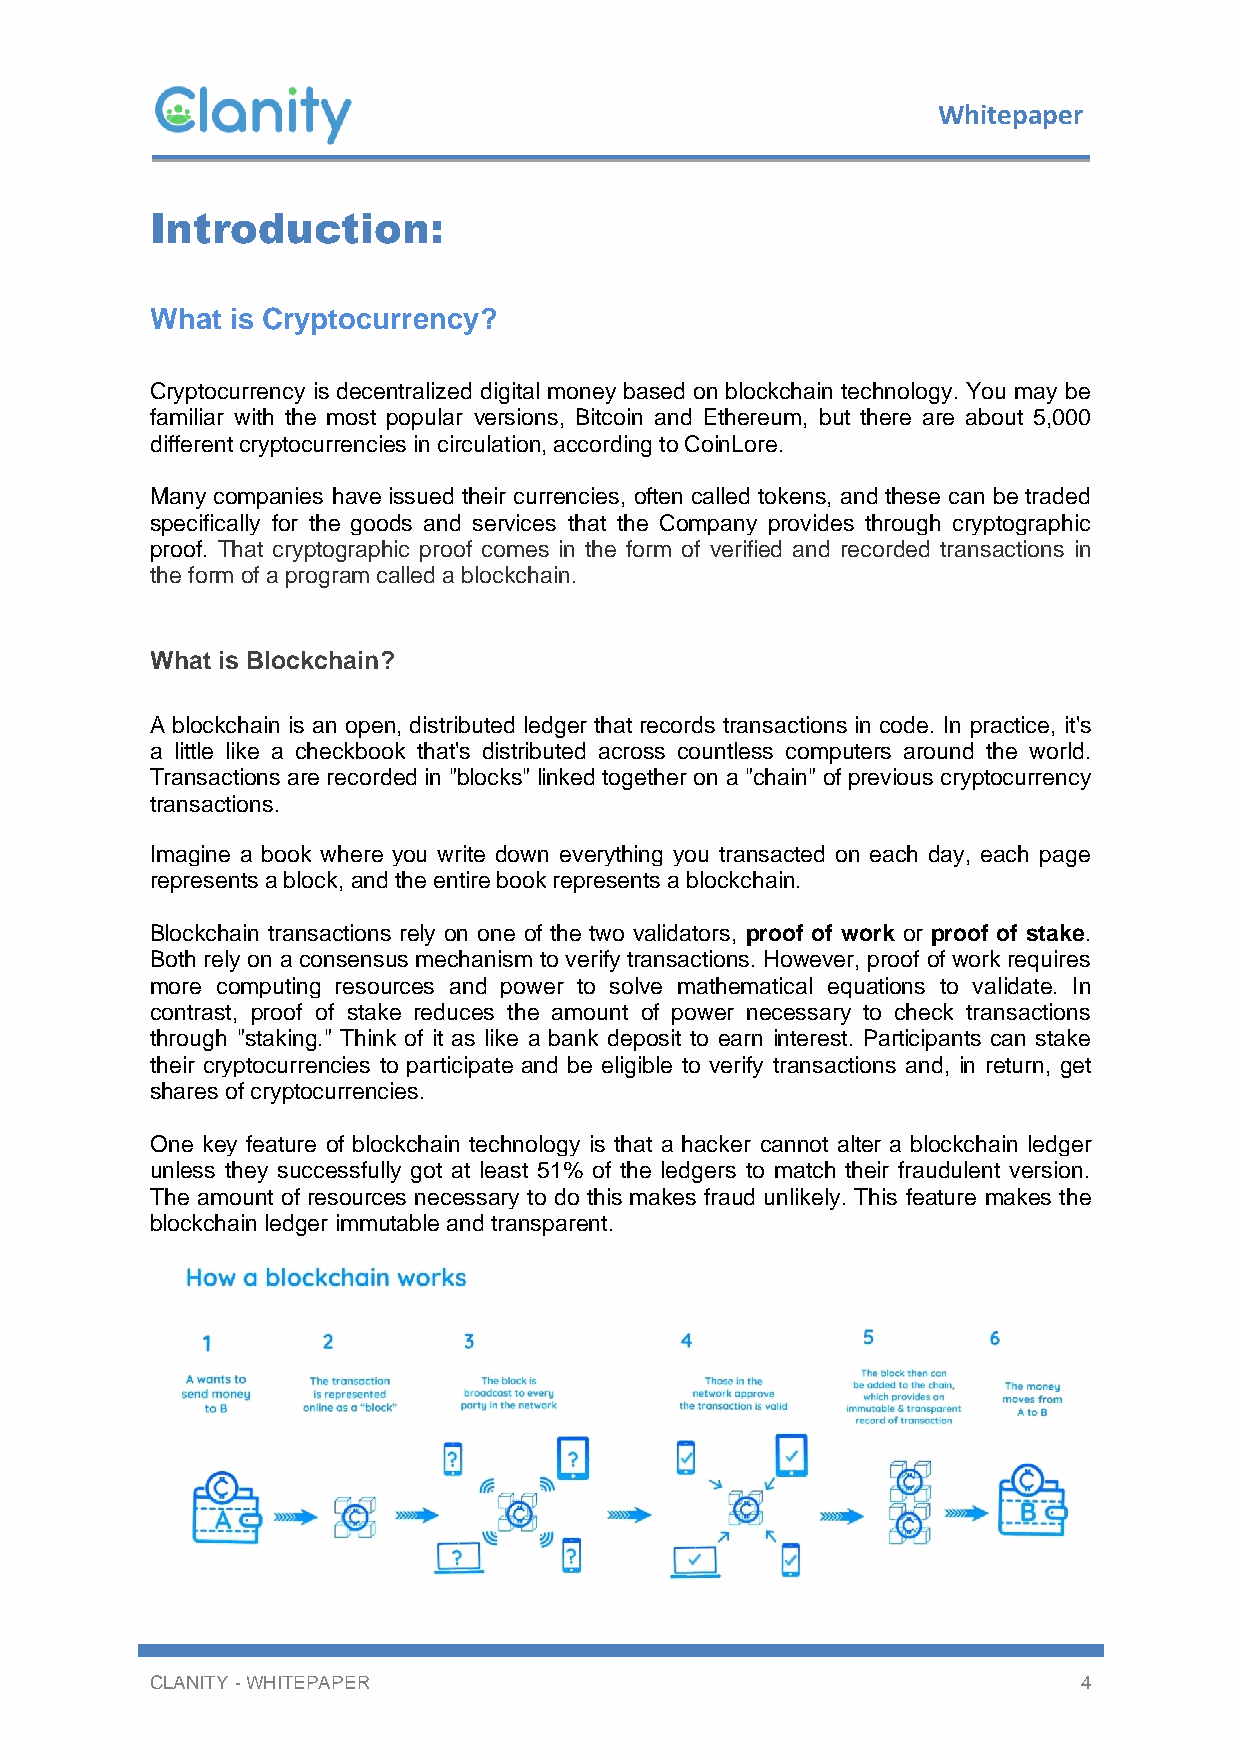
Whitepaper
 Introduction:
 What is Cryptocurrency?
 Cryptocurrency is decentralized digital money based on blockchain technology. You may be
 familiar with the most popular versions, Bitcoin and Ethereum, but there are about 5,000
 different cryptocurrencies in circulation, according to CoinLore.
 Many companies have issued their currencies, often called tokens, and these can be traded
 specifically for the goods and services that the Company provides through cryptographic
 proof. That cryptographic proof comes in the form of verified and recorded transactions in
 the form of a program called a blockchain.
 What is Blockchain?
 A blockchain is an open, distributed ledger that records transactions in code. In practice, it's
 a little like a checkbook that's distributed across countless computers around the world.
 Transactions are recorded in "blocks" linked together on a "chain" of previous cryptocurrency
 transactions.
 Imagine a book where you write down everything you transacted on each day, each page
 represents a block, and the entire book represents a blockchain.
 Blockchain transactions rely on one of the two validators, proof of work or proof of stake.
 Both rely on a consensus mechanism to verify transactions. However, proof of work requires
 more computing resources and power to solve mathematical equations to validate. In
 contrast, proof of stake reduces the amount of power necessary to check transactions
 through "staking." Think of it as like a bank deposit to earn interest. Participants can stake
 their cryptocurrencies to participate and be eligible to verify transactions and, in return, get
 shares of cryptocurrencies.
 One key feature of blockchain technology is that a hacker cannot alter a blockchain ledger
 unless they successfully got at least 51% of the ledgers to match their fraudulent version.
 The amount of resources necessary to do this makes fraud unlikely. This feature makes the
 blockchain ledger immutable and transparent.
 CLANITY - WHITEPAPER                                          4